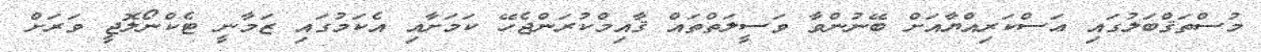
މުސްތަޤްބަލުގައި ޢަސްކަރިއްޔާއަށް ބޭނުންވާ ވަސީލަތްތައް ޤާއިމްކުރަންޖެހޭ ކަމަށާއި އެކަމުގައި ޒަމާނީ ޓެކްނޯލޮޖީ ވަރަށް